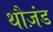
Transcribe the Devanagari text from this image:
थौज़ंड